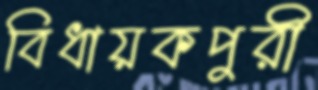
বিধায়কপুরী